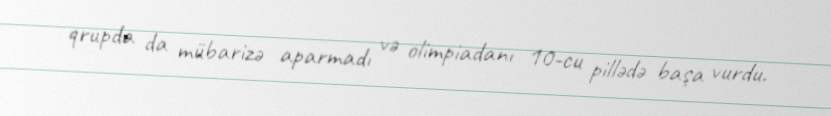
qrupda da mübarizə aparmadı və olimpiadanı 10-cu pillədə başa vurdu.